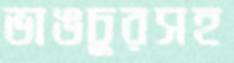
ভাঙচুরসহ